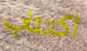
اكتئاب